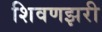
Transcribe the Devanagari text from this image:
शिवणझरी